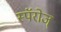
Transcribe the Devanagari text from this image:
स्पॅरोज्